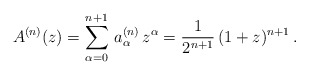
\begin{align*}A^{(n)}(z)=\sum_{\alpha=0}^{n+1} \, a_\alpha^{(n)}\, z^\alpha = \frac 1 {2^{n+1}} \, (1+z)^{n+1}\,.\end{align*}